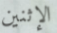
الإثنين